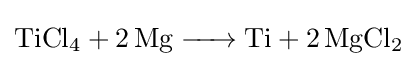
{\ce {TiCl4 + 2Mg -> Ti + 2MgCl2}}